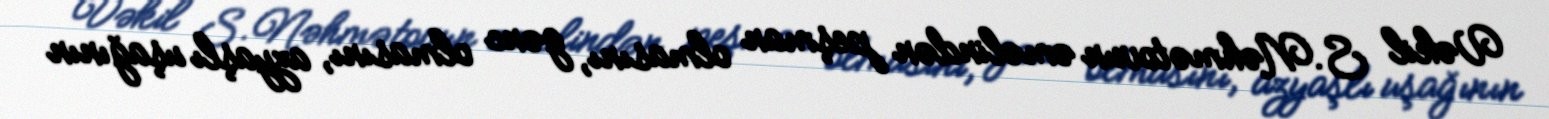
Vəkil S.Nəhmətovun əməlindən peşman olmasını, gənc olmasını, azyaşlı uşağının